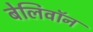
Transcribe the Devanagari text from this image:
बेलिवॉन